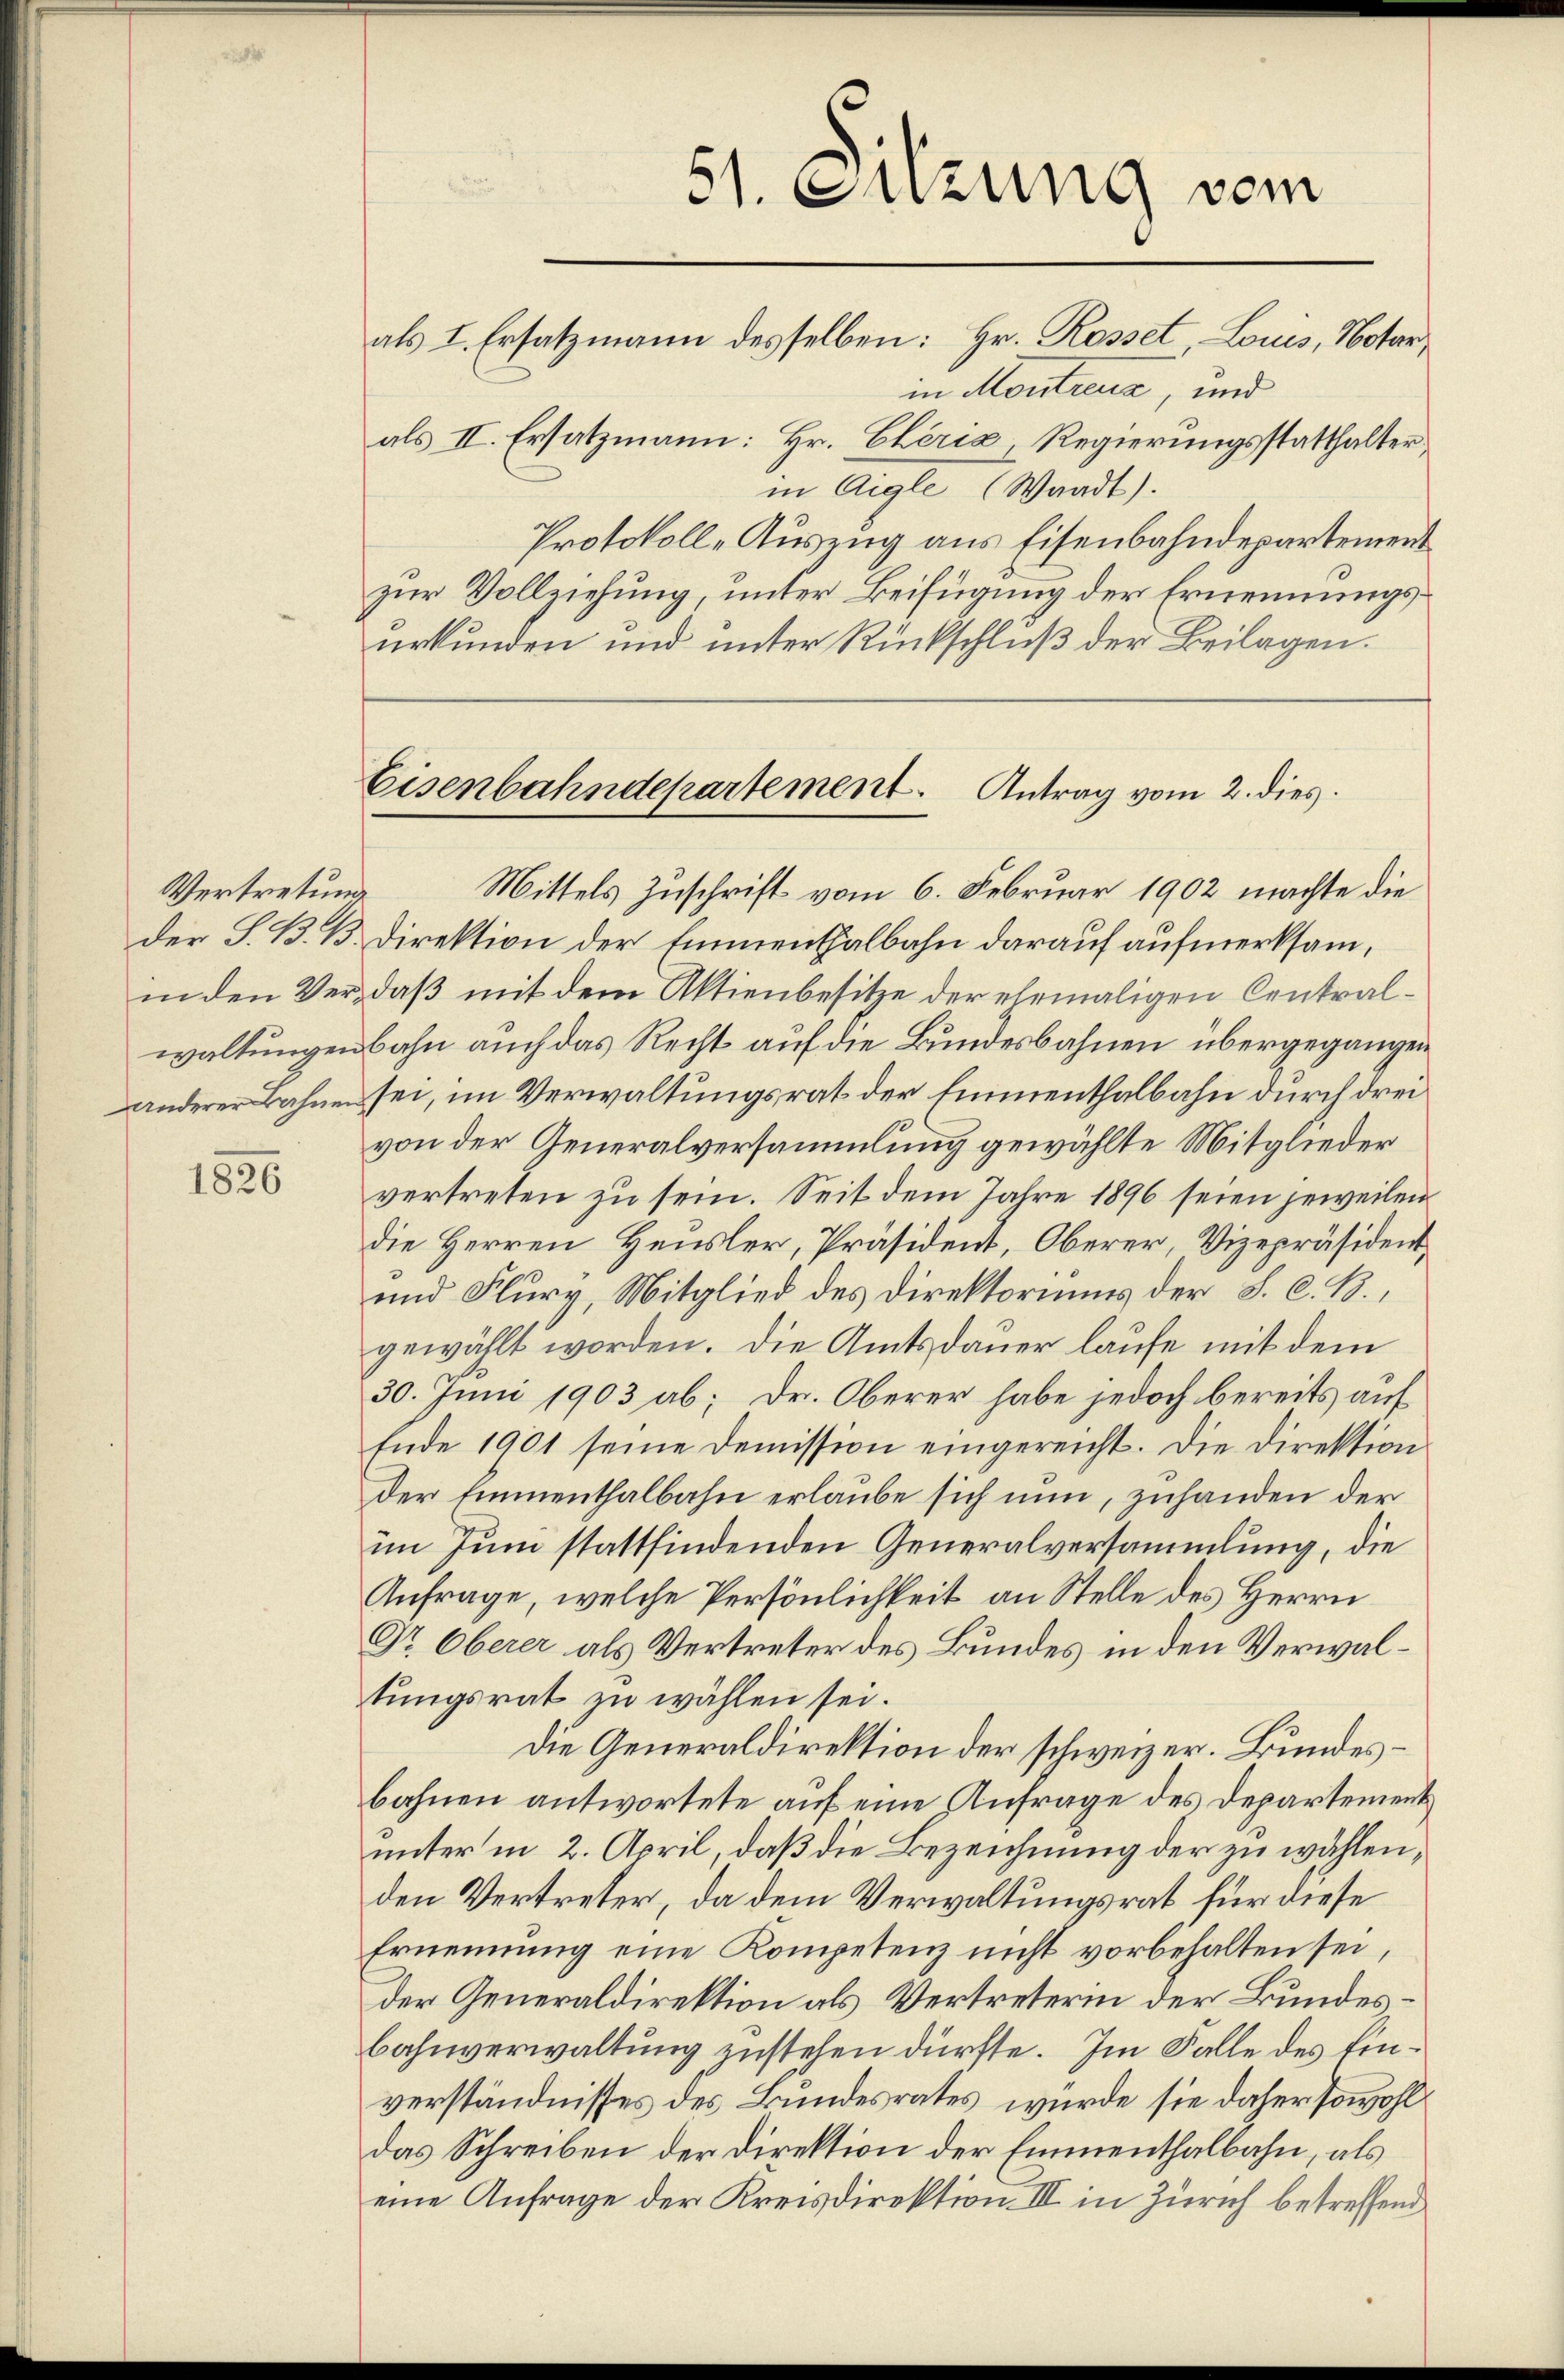
Vertretung
der S. B. 13

1826

zur Vollziehung, unter Beifügung der Ernennungsurkunden und unter Rückschluß der Beilagen.

51. Sitzung vom
als I. Ersatzmann desselben: Hr. Rosset Louis, Notar

in Montreux, und
als II. Ersatzmann: Hr. Cheria Regierungsstatthalter
in Aigle (Waadt).
Protokoll-Auszug aus Eisenbahndepartement
Mittels Zuschrift vom 6. Februar 1902 machte die
Direktion der Emmenthalbahn darauf aufmerksam,
in den Ver, daß mit dem Aktienbesitze der elemaligen Centralwaltungenbahn auch das Recht auf die Bundesbahnen übergegangen
anderer Bahnen sei, im Verwaltungsrat der Eimenthalbahn durch drei
von der Generalversammlung gewählte Mitglieder
vertreten zu sein. Seit dem Jahre 1896 seien jeweilen
die Herren Heusler, Präsident, Oberer, Vizepräsident,
und Flurv Mitglied des Direktoriums der S. C. B.,
gewählt worden. Die Amtsdauer laufe mit dem
30. Juni 1903 ab; Dr. Oberer habe jedoch bereits auf
Ende 1901 seine Demission eingereicht. Die Direktion
der Emmenthalbahn erlaube sich nun, zuhanden der
im Juni stattfindenden Generalversammlung, die
Anfrage, welche Persönlichkeit an Stelle des Herrn
Dr. Oberer als Vertreter des Bundes in den Verwaltŭngsrat zu wählen sei.
Die Generaldirektion der schweizer. Bundesbahnen antwortete auf eine Anfrage des Departementunter in 2. April, daß die Bezeichnung der zu wählen,
den Vertreter, da dem Verwaltungsrat für diese
Ernennung eine Kompetenz nicht vorbehalten sei,
der Generaldirektion als Vertreterin der Bundes¬
Bahnverwaltung zustehen dürfte. Im Falle des Einverständnisses des Bundesrates würde sie daher sowohl
das Schreiben der Direktion der Emmenthalbahn, als
eine Anfrage der Kreisdirektion III in Zürich betreffend

Eisenbahndepartement. Antrag vom 2. dies